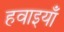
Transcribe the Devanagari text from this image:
हवाइयाँ